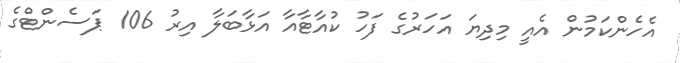
އެހެންކަމުން އެއީ މިދިޔަ އަހަރުގެ ފަހު ކުއާޓާއާ އަޅާބަލާ އިރު 106 ޕަސެންޓްގެ